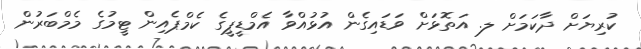
ކުރިޔަށް ދާކަމަށް ލ. އަތޮޅަށް ވަޑައިގެން އުޅުއްވާ އެމްޑީޕީގެ ކެމްޕެއިން ޓީމުގެ މެމްބަރުން